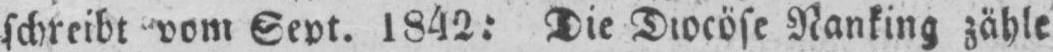
schreibt vom Sept. 1842: Die Diocöse Nanking zähle